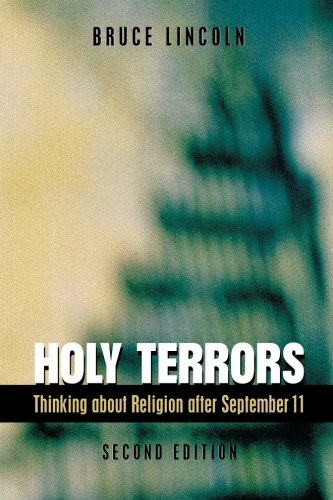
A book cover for Holy Terrors: Thinking About Religion After September 11, 2nd Edition; Bruce Lincoln; Christian Books & Bibles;